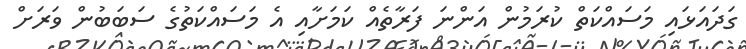
ގަދައަޅައި މަސައްކަތް ކުރަމުން އަންނަ ފަރާތެއް ކަމަށާއި އެ މަސައްކަތުގެ ސަބަބުން ވަރަށް